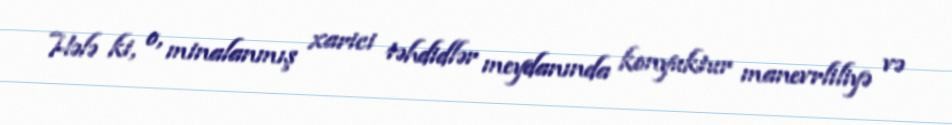
Hələ ki, o, minalanmış xarici təhdidlər meydanında konyuktur manevrliliyə və